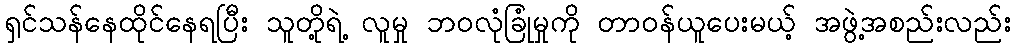
ရှင်သန်နေထိုင်နေရပြီး သူတို့ရဲ့ လူမှု ဘဝလုံခြုံမှုကို တာဝန်ယူပေးမယ့် အဖွဲ့အစည်းလည်း